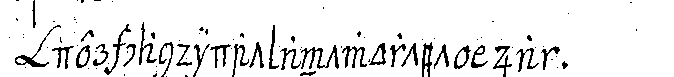
der candidat antwortet ja .